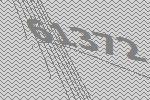
61372